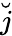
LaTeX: \breve{j}